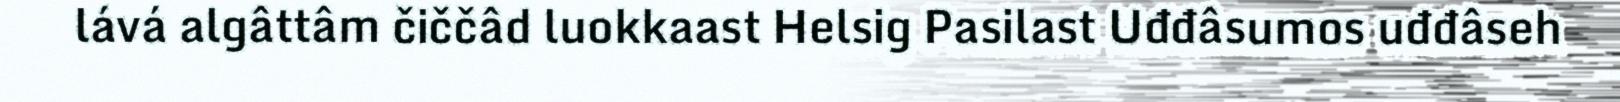
lává algâttâm čiččâd luokkaast Helsig Pasilast Uđđâsumos uđđâseh